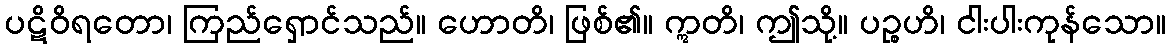
ပဋိဝိရတော၊ ကြည်ရှောင်သည်။ ဟောတိ၊ ဖြစ်၏။ ဣတိ၊ ဤသို့။ ပဉ္စဟိ၊ ငါးပါးကုန်သော။